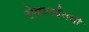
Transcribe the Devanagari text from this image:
टोकापर्यंतची